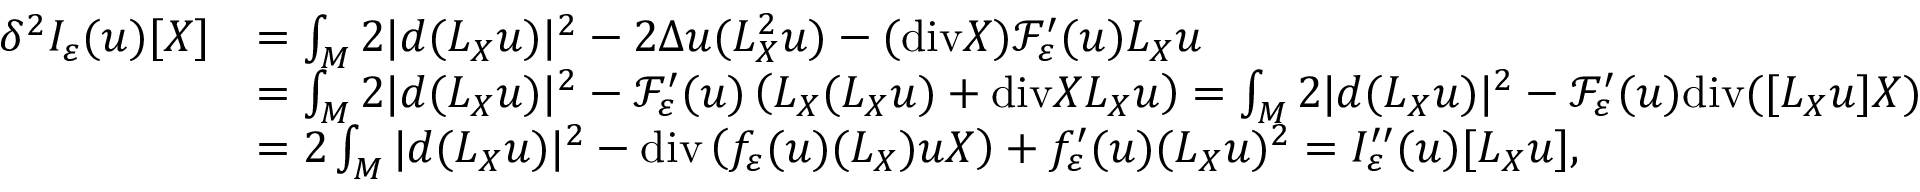
\begin{array} { r l } { \delta ^ { 2 } I _ { \varepsilon } ( u ) [ X ] } & { = \int _ { M } 2 | d ( L _ { X } u ) | ^ { 2 } - 2 \Delta u ( L _ { X } ^ { 2 } u ) - ( \mathrm { d i v } X ) \mathcal { F } _ { \varepsilon } ^ { \prime } ( u ) L _ { X } u } \\ & { = \int _ { M } 2 | d ( L _ { X } u ) | ^ { 2 } - \mathcal { F } _ { \varepsilon } ^ { \prime } ( u ) \left( L _ { X } ( L _ { X } u ) + \mathrm { d i v } X L _ { X } u \right) = \int _ { M } 2 | d ( L _ { X } u ) | ^ { 2 } - \mathcal { F } _ { \varepsilon } ^ { \prime } ( u ) \mathrm { d i v } ( [ L _ { X } u ] X ) } \\ & { = 2 \int _ { M } | d ( L _ { X } u ) | ^ { 2 } - \mathrm { d i v } \left( f _ { \varepsilon } ( u ) ( L _ { X } ) u X \right) + f _ { \varepsilon } ^ { \prime } ( u ) ( L _ { X } u ) ^ { 2 } = I _ { \varepsilon } ^ { \prime \prime } ( u ) [ L _ { X } u ] , } \end{array}